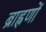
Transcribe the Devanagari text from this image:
ब्राह्नणों